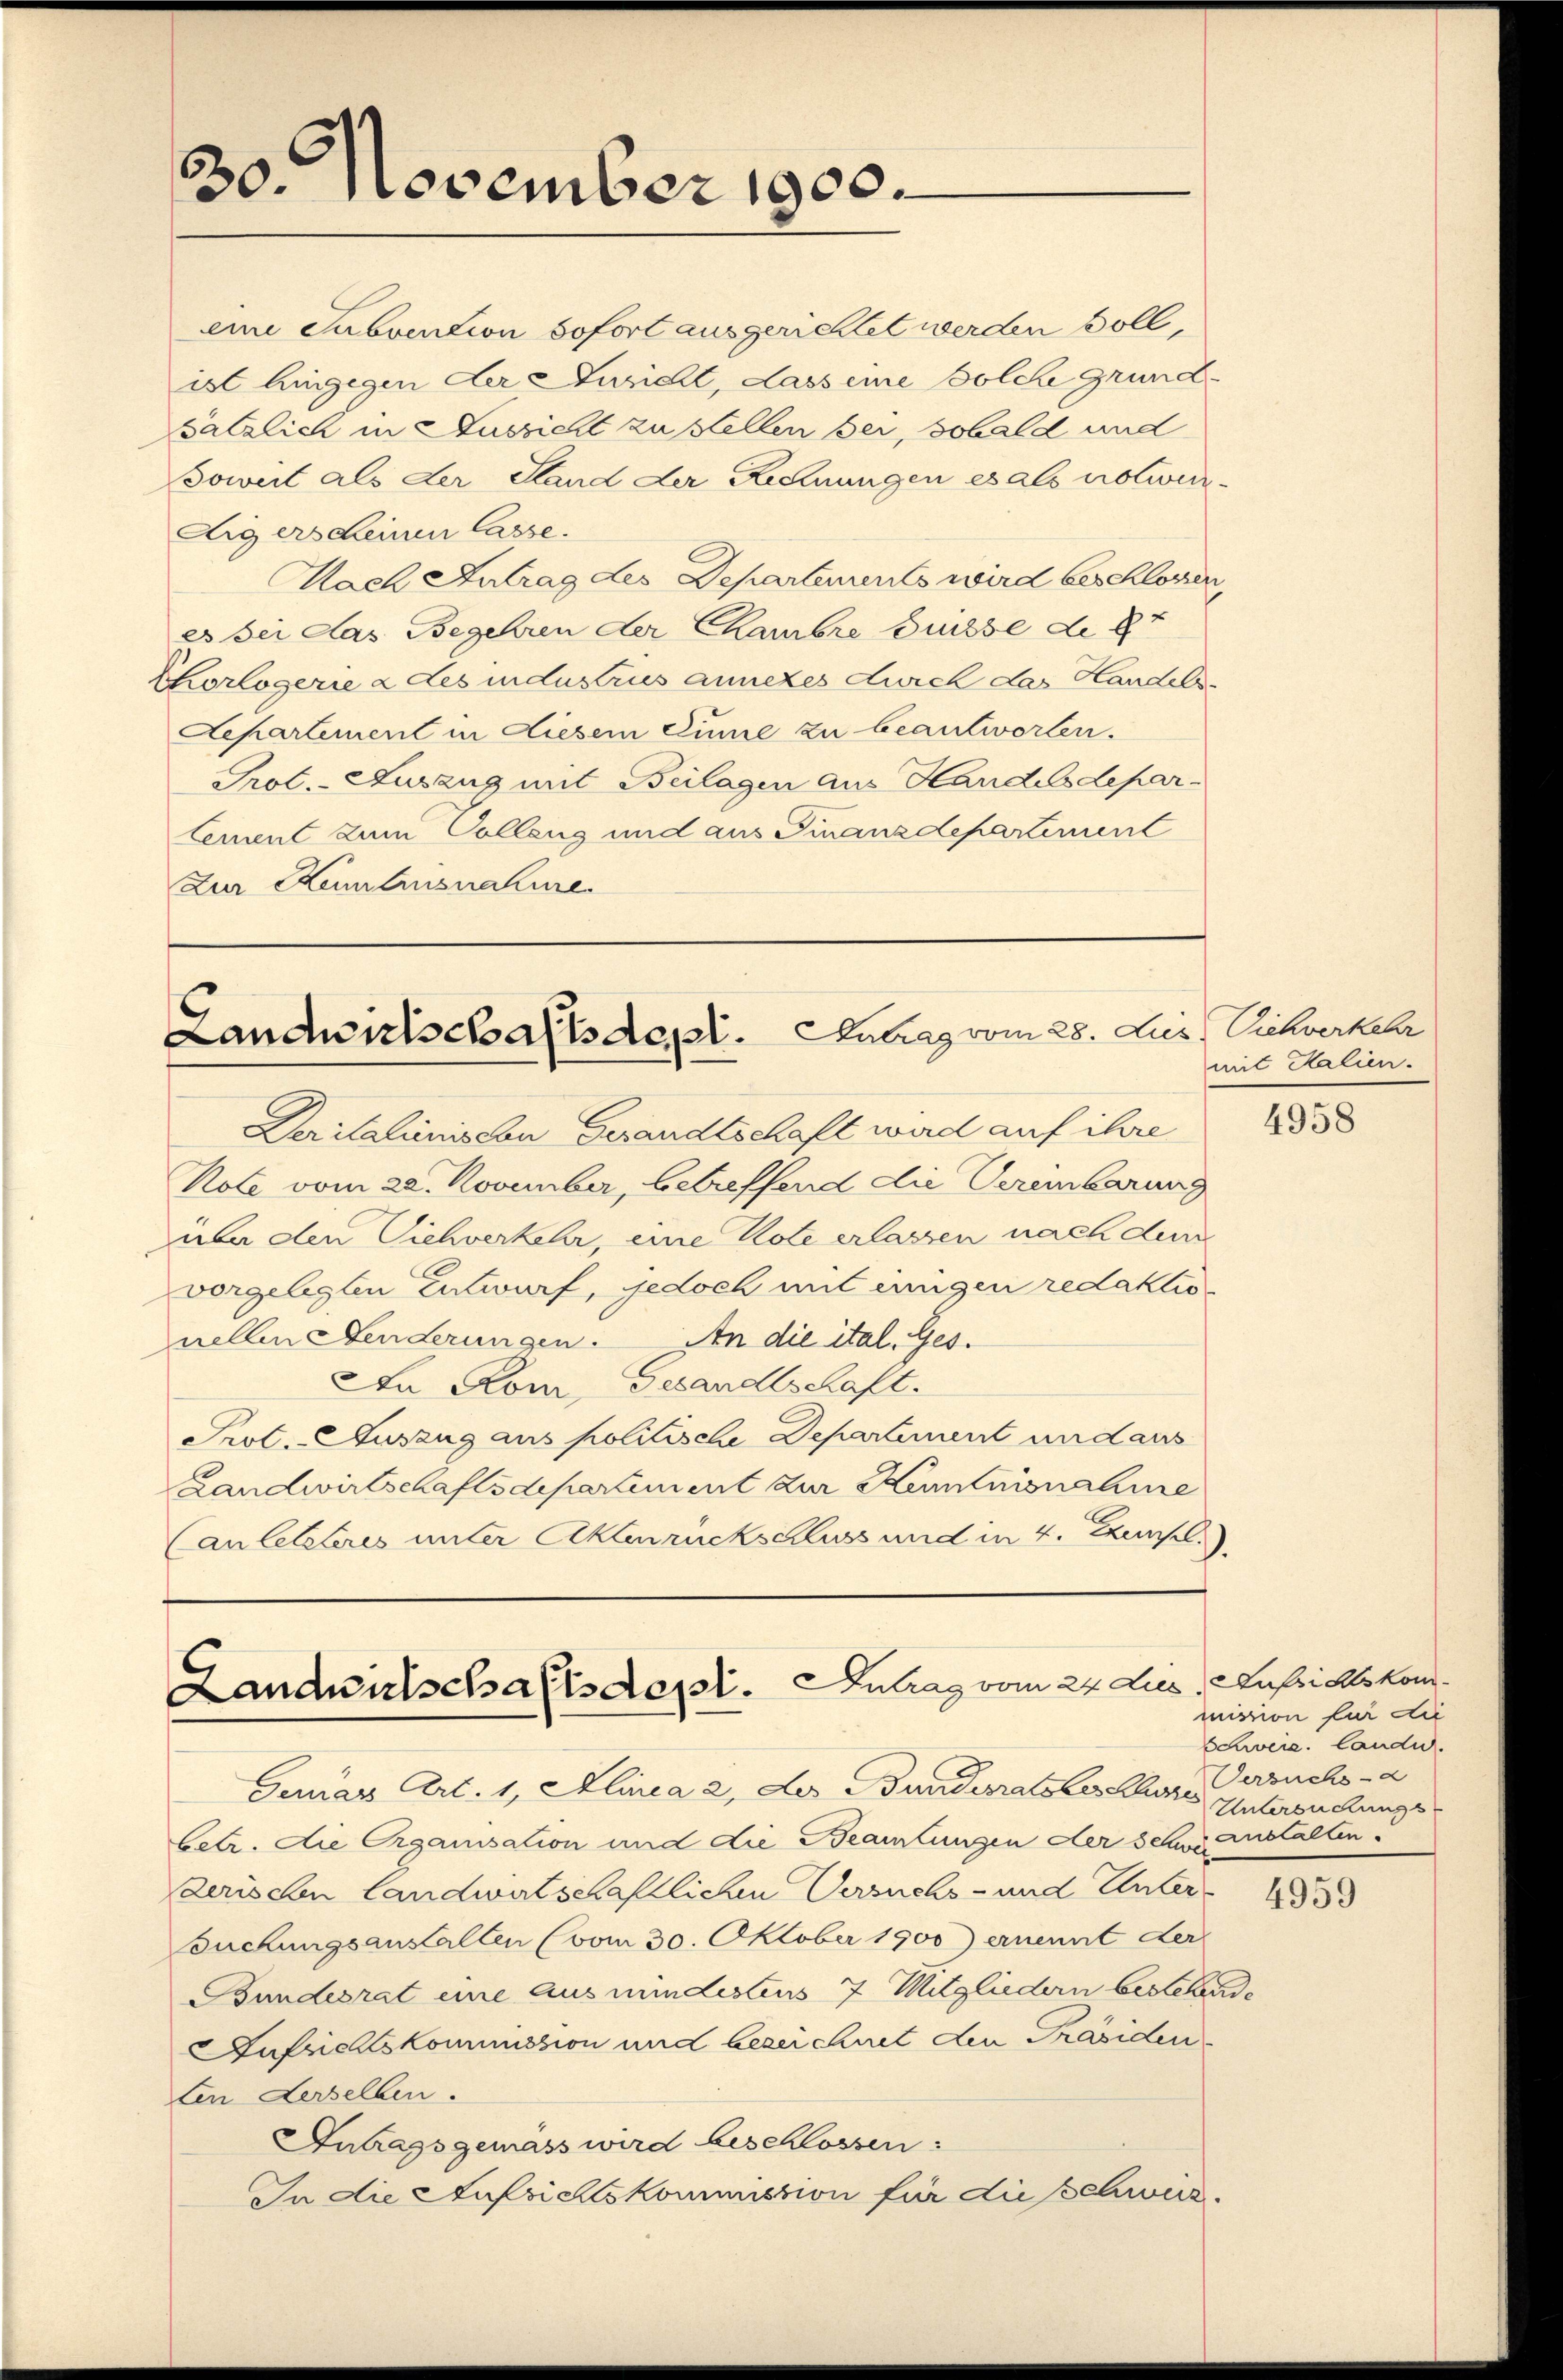
30. November 1900.

eine Subvention sofort ausgerichtet werden soll,
ist hingegen der Ansicht, dass eine solche Grundsätzlich in Aussicht zu stellen bei, sobald und
Soweit als der Stand der Rechnungen es als notwereigers seinen lasse.
Mach Antrag des Departements wird beschlossen,
Es sei das Begehren der Chambre Brisse d. 8t
Chorlogerie & des industries annezes wich das Handels¬
Departement in diesem Eine zu beantworten.
Prot. - Auszug mit Beilagen aus Handelsdepar¬
Cement zum Colleng und aus Finanzdepartement
Zur Kemtensnahme.

Landwirtschaftsdest. Antrag vom 28. Jur. Viehverkehr

Deritalienische Gesandtschaft ward auf ihre
Note vom 22. November, betreffend die Vereinbarung
über den Sichverkehr, eine Note erlassen nach dem
vorgelegten Entwurf, jedoch mit einigen redaktis
nellen Senderungen. An die ital. Ges.
An Rom Gesandtschaft.
Prot. - Auszug aus politische Departement und aus
Landwirtschaftsdepartement zur Kenntnisnahme
(an letzteres unter Aktenrückschluss und in 4. Junkel.

Landwirtschaftsdept. Antrag vom 24. Lus, Aufsichtskom¬

Geruar Art. 1, Alinea 2 des Bundesratsverthurn, Versuchs -
betr. die Organisation und die Beamtungen der sche Anstalten
derischen landwirtschaftlichen Versuchs- und Unter
suchungsanstalten (vom 30. Oktober 1900) ernennt der
Bundesrat eine aus mindestens 7 Mitgliedern bestehende
Aufrichtskommission und bezeichnet den Präsiden
ten derselben.
Intragsgemäss wird beschlossen:
In die Aufsichtskommission für die schwur¬

mit Halien.

4958

mission für die
Schweiz. Lande.
Untersuchungs-

4959